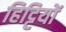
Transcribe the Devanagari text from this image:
हिट्टियों